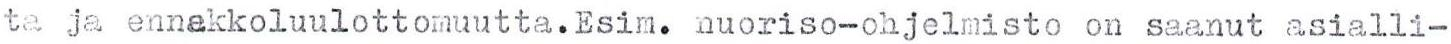
ta ja ennakkoluulottomuutta. Esim. nuoriso-ohjelmisto on saanut asialli-